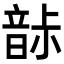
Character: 𩐡